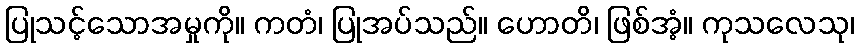
ပြုသင့်သောအမှုကို။ ကတံ၊ ပြုအပ်သည်။ ဟောတိ၊ ဖြစ်အံ့။ ကုသလေသု၊